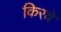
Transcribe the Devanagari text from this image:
किरवे